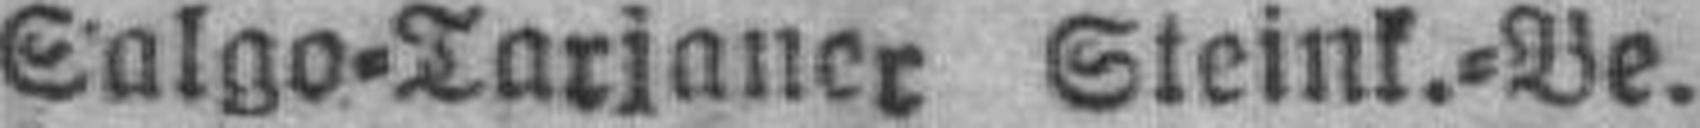
Salgo=Tarjaner Steink.=Be.